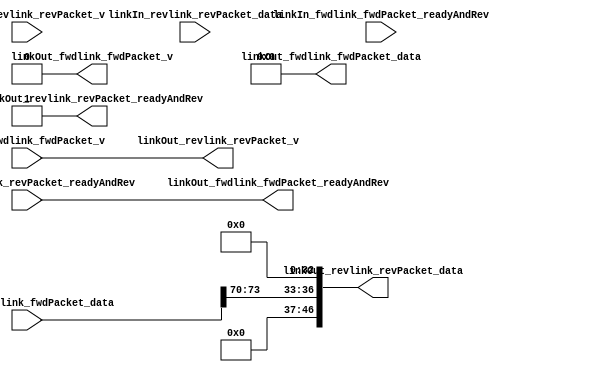
// Generator : SpinalHDL v1.7.3    git head : ed8004c489ee8a38c2cab309d0447b543fe9d5b8
// Component : meshLinkTieoff

`timescale 1ns/1ps

module meshLinkTieoff (
  input               linkIn_fwdlink_fwdPacket_v,
  input               linkIn_fwdlink_fwdPacket_readyAndRev,
  input      [77:0]   linkIn_fwdlink_fwdPacket_data,
  input               linkIn_revlink_revPacket_v,
  input               linkIn_revlink_revPacket_readyAndRev,
  input      [46:0]   linkIn_revlink_revPacket_data,
  output              linkOut_fwdlink_fwdPacket_v,
  output              linkOut_fwdlink_fwdPacket_readyAndRev,
  output     [77:0]   linkOut_fwdlink_fwdPacket_data,
  output              linkOut_revlink_revPacket_v,
  output              linkOut_revlink_revPacket_readyAndRev,
  output     [46:0]   linkOut_revlink_revPacket_data
);

  wire                linkInCast_fwdlink_fwdPacket_v;
  wire                linkInCast_fwdlink_fwdPacket_readyAndRev;
  wire       [77:0]   linkInCast_fwdlink_fwdPacket_data;
  wire                linkInCast_revlink_revPacket_v;
  wire                linkInCast_revlink_revPacket_readyAndRev;
  wire       [46:0]   linkInCast_revlink_revPacket_data;
  wire                linkOutCast_fwdlink_fwdPacket_v;
  wire                linkOutCast_fwdlink_fwdPacket_readyAndRev;
  wire       [77:0]   linkOutCast_fwdlink_fwdPacket_data;
  wire                linkOutCast_revlink_revPacket_v;
  wire                linkOutCast_revlink_revPacket_readyAndRev;
  wire       [46:0]   linkOutCast_revlink_revPacket_data;
  wire       [0:0]    tempReturnPktType;
  wire       [31:0]   tempReturnData;
  wire       [1:0]    tempReturnSrcXCord;
  wire       [1:0]    tempReturnSrcYCord;
  wire       [9:0]    tempReturnLoadId;

  assign linkInCast_fwdlink_fwdPacket_v = linkIn_fwdlink_fwdPacket_v;
  assign linkInCast_fwdlink_fwdPacket_readyAndRev = linkIn_fwdlink_fwdPacket_readyAndRev;
  assign linkInCast_fwdlink_fwdPacket_data = linkIn_fwdlink_fwdPacket_data;
  assign linkInCast_revlink_revPacket_v = linkIn_revlink_revPacket_v;
  assign linkInCast_revlink_revPacket_readyAndRev = linkIn_revlink_revPacket_readyAndRev;
  assign linkInCast_revlink_revPacket_data = linkIn_revlink_revPacket_data;
  assign linkOut_fwdlink_fwdPacket_v = linkOutCast_fwdlink_fwdPacket_v;
  assign linkOut_fwdlink_fwdPacket_readyAndRev = linkOutCast_fwdlink_fwdPacket_readyAndRev;
  assign linkOut_fwdlink_fwdPacket_data = linkOutCast_fwdlink_fwdPacket_data;
  assign linkOut_revlink_revPacket_v = linkOutCast_revlink_revPacket_v;
  assign linkOut_revlink_revPacket_readyAndRev = linkOutCast_revlink_revPacket_readyAndRev;
  assign linkOut_revlink_revPacket_data = linkOutCast_revlink_revPacket_data;
  assign tempReturnPktType = 1'b0;
  assign tempReturnData = 32'h0;
  assign tempReturnSrcXCord = linkInCast_fwdlink_fwdPacket_data[71 : 70];
  assign tempReturnSrcYCord = linkInCast_fwdlink_fwdPacket_data[73 : 72];
  assign tempReturnLoadId = 10'h0;
  assign linkOutCast_fwdlink_fwdPacket_v = 1'b0;
  assign linkOutCast_fwdlink_fwdPacket_data = 78'h0;
  assign linkOutCast_fwdlink_fwdPacket_readyAndRev = linkInCast_revlink_revPacket_readyAndRev;
  assign linkOutCast_revlink_revPacket_v = linkInCast_fwdlink_fwdPacket_v;
  assign linkOutCast_revlink_revPacket_data = {{{{tempReturnLoadId,tempReturnSrcYCord},tempReturnSrcXCord},tempReturnData},tempReturnPktType};
  assign linkOutCast_revlink_revPacket_readyAndRev = 1'b1;

endmodule